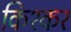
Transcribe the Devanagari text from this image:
किश्कर